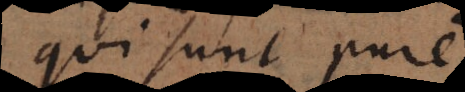
qui sunt pure